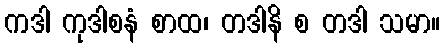
ကဒါ ကုဒါစနံ စာထ၊ တဒါနိ စ တဒါ သမာ။